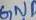
Text: GND